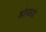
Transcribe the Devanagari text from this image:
डोमसडे